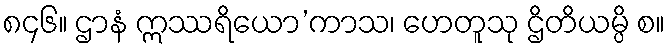
၈၄၆။ ဌာနံ ဣဿရိယော’ကာသ၊ ဟေတူသု ဌိတိယမ္ပိ စ။